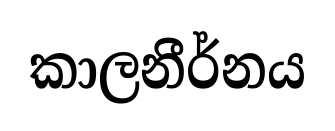
කාලනීර්නය